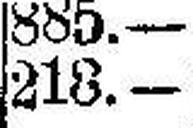
218.—